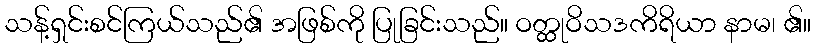
သန့်ရှင်းစင်ကြယ်သည်၏ အဖြစ်ကို ပြုခြင်းသည်။ ဝတ္ထုဝိသဒကိရိယာ နာမ၊ ၏။